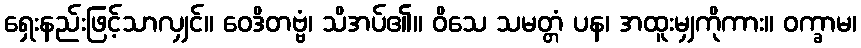
ရှေးနည်းဖြင့်သာလျှင်။ ဝေဒိတဗ္ဗံ၊ သိအပ်၏။ ဝိသေ သမတ္တံ ပန၊ အထူးမျှကိုကား။ ဝက္ခာမ၊